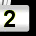
Digit: 2